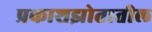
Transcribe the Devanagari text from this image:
प्रकाशझोतातील